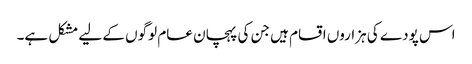
اس پودے کی ہزاروں اقسام ہیں جن کی پہچان عام لوگوں کے لیے مشکل ہے۔